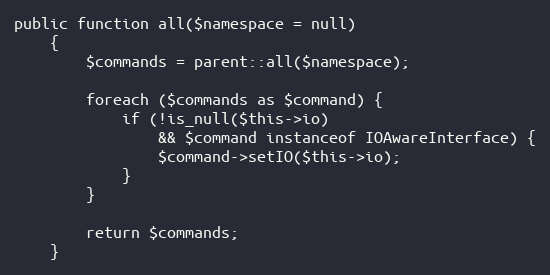
Language: PHP
public function all($namespace = null)
    {
        $commands = parent::all($namespace);

        foreach ($commands as $command) {
            if (!is_null($this->io)
                && $command instanceof IOAwareInterface) {
                $command->setIO($this->io);
            }
        }

        return $commands;
    }